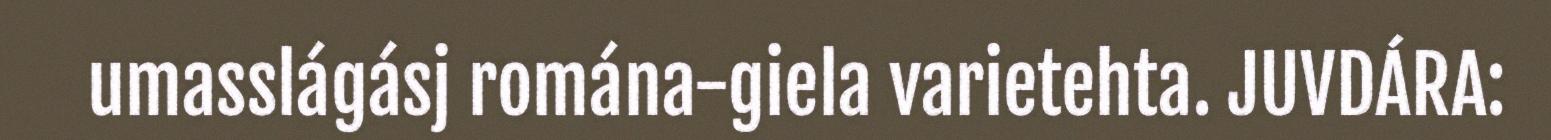
umasslágásj romána-giela varietehta. JUVDÁRA: